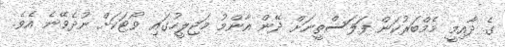
ގެ ދާއިމީ މެމްބަރުކަން ފަލަސްތީނަށް ދޭން އާންމު މަޖިލީހުގައި ވޯޓަކަށް ނުދެވޭނެ އެވެ.